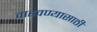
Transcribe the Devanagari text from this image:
वाहवण्यासाठी